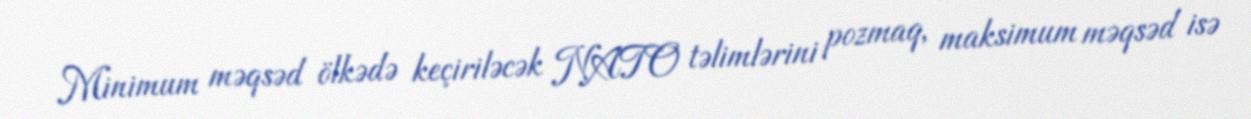
Minimum məqsəd ölkədə keçiriləcək NATO təlimlərini pozmaq, maksimum məqsəd isə